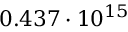
0 . 4 3 7 \cdot 1 0 ^ { 1 5 }